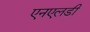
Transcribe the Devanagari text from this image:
एनएलडी